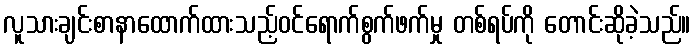
လူသားချင်းစာနာထောက်ထားသည့်ဝင်ရောက်စွက်ဖက်မှု တစ်ရပ်ကို တောင်းဆိုခဲ့သည်။